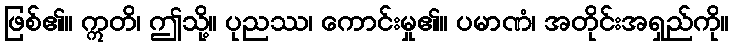
ဖြစ်၏။ ဣတိ၊ ဤသို့။ ပုညဿ၊ ကောင်းမှု၏။ ပမာဏံ၊ အတိုင်းအရှည်ကို။